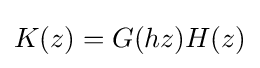
K(z)=G(hz)H(z)